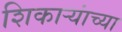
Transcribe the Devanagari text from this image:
शिकाऱ्यांच्या